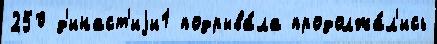
250 д'инаст'иjи1 подрыва́ла продолжа́л'ись